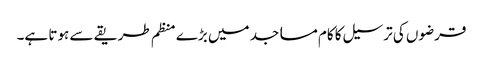
قرضوں کی ترسیل کا کام مساجد میں بڑے منظم طریقے سے ہوتا ہے۔